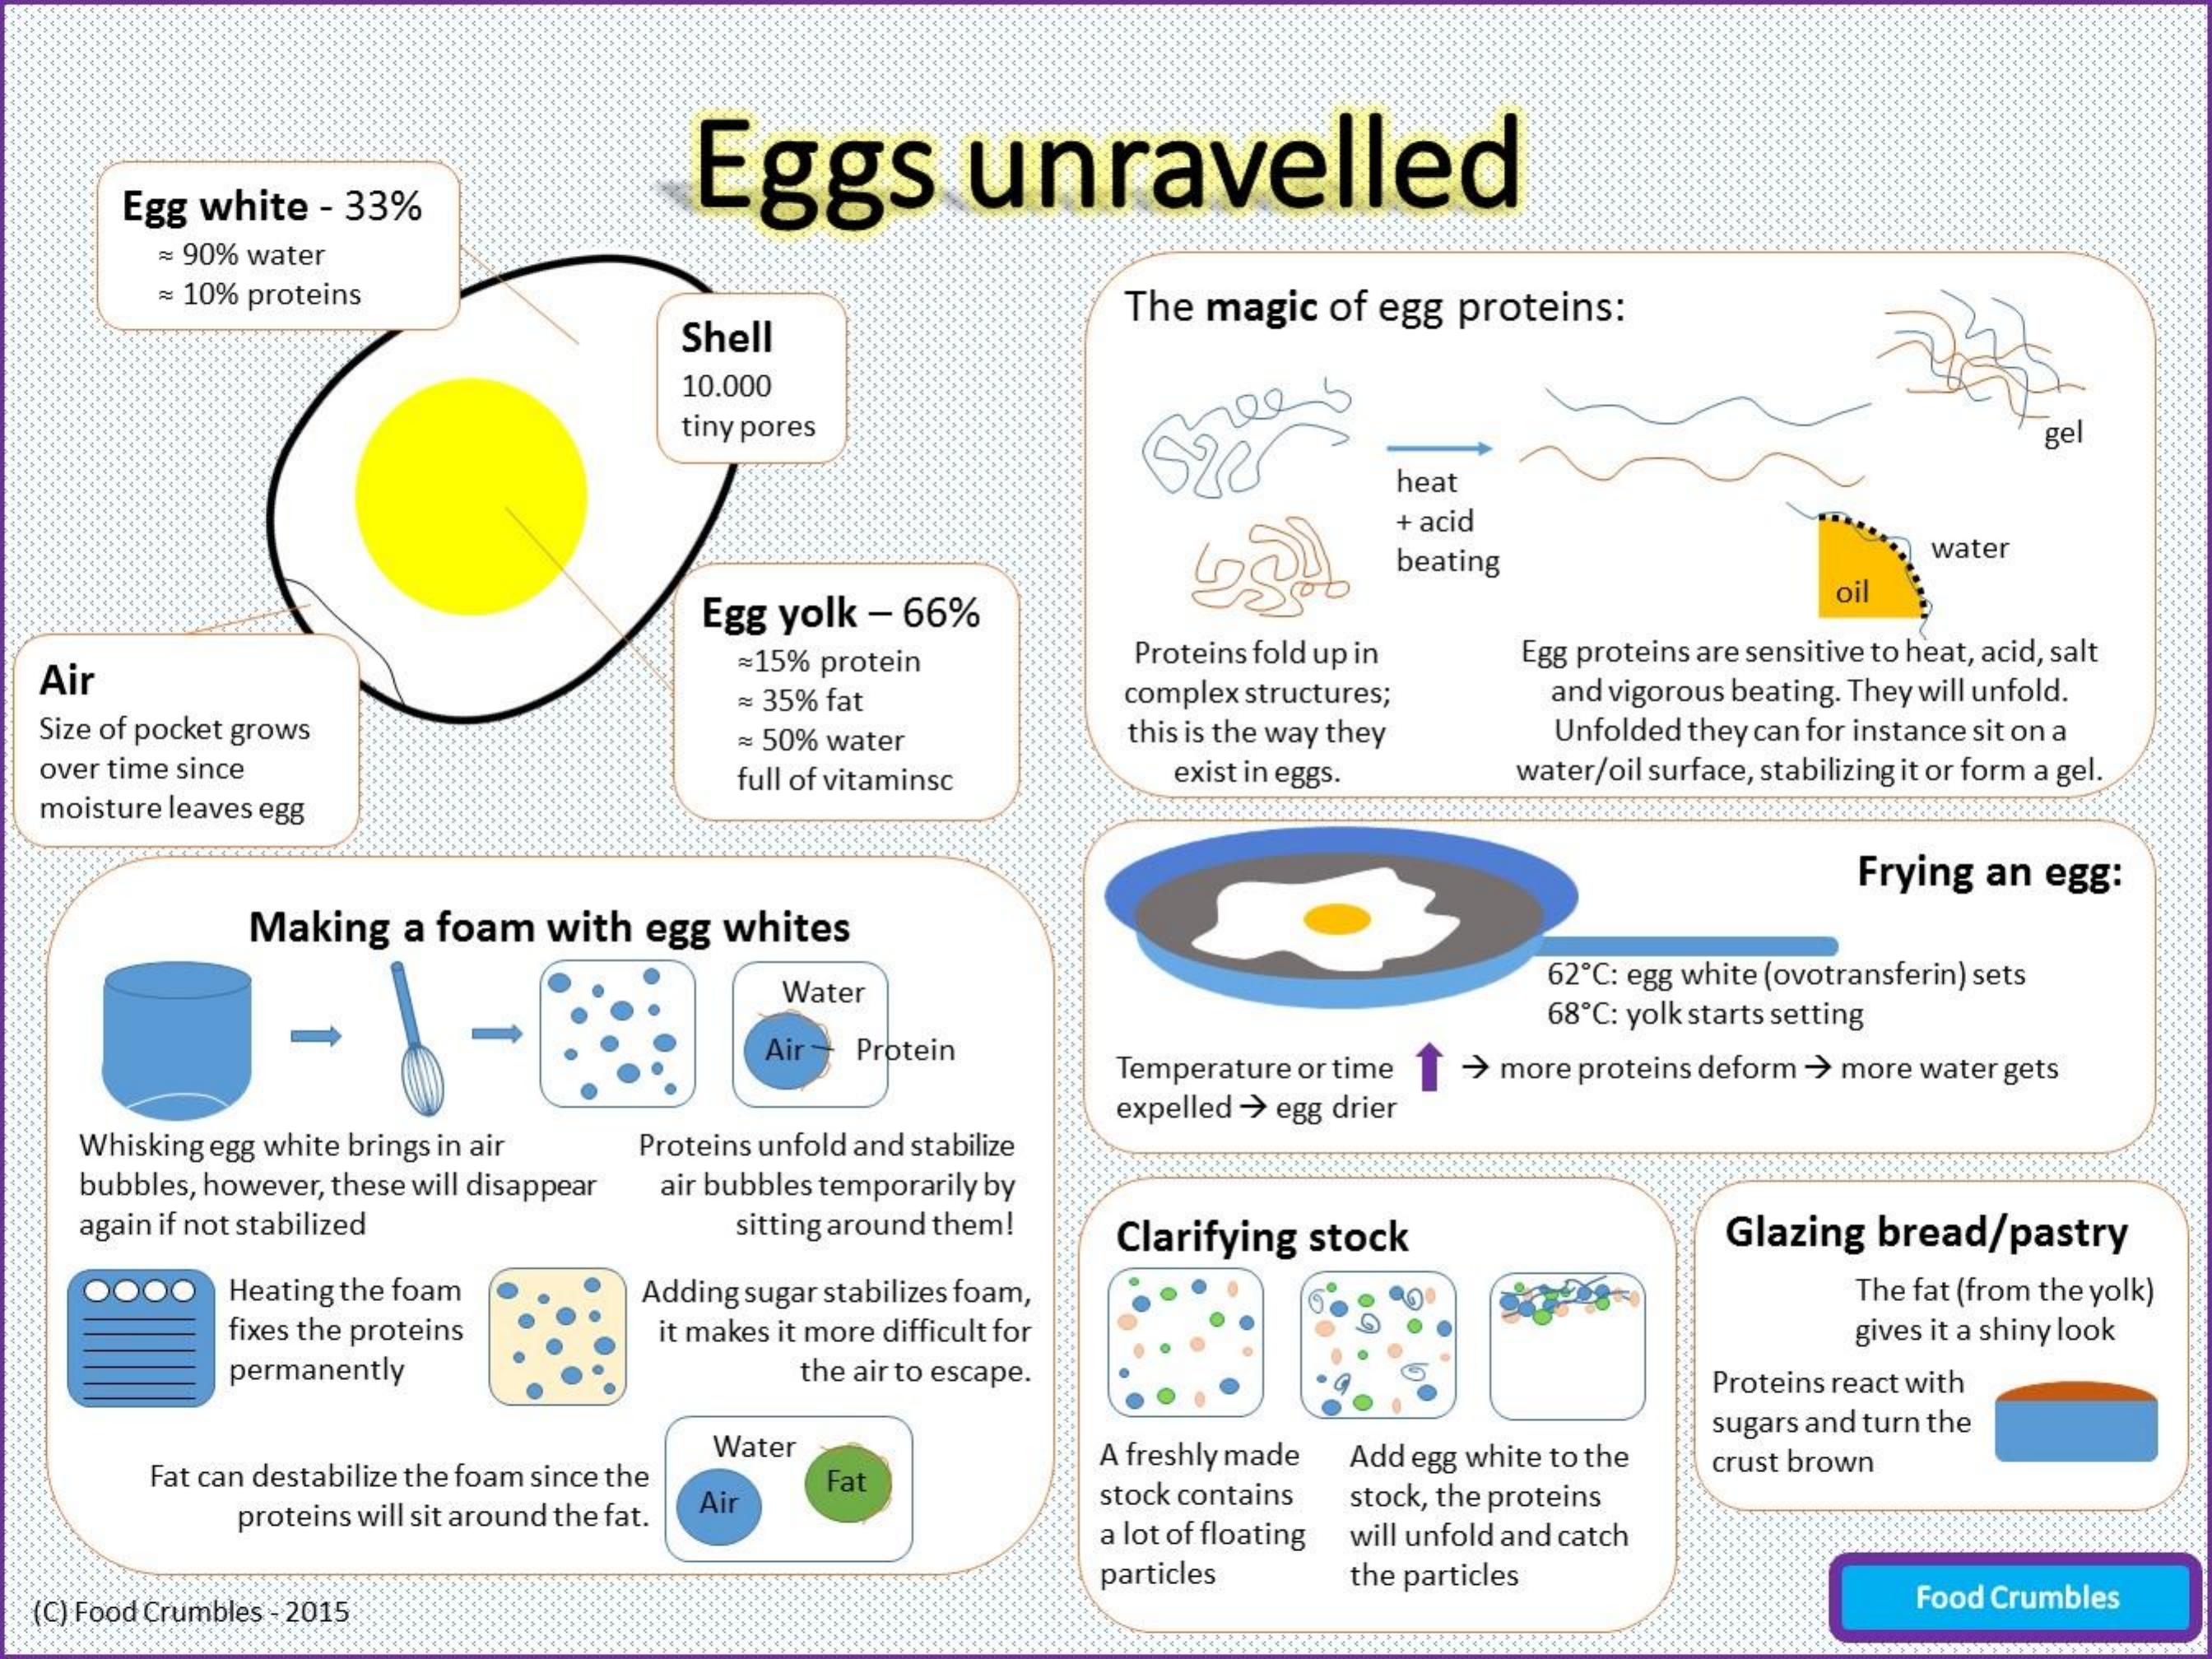
Eggs    unravelled
     Egg white - 33%
     = 90% water
     = 10% proteins
     Shell
     The magic of egg proteins:
     10.000
     tiny pores    gel
     heat
     + acid
     beating
     water
     Egg yolk - 66%
     oil
  Air
     =15% protein    Proteins fold up in Egg proteins are sensitive to heat, acid, salt
  Size of pocket grows
     = 35% fat    complex structures; and vigorous beating. They will unfold.
     = 50% water    this is the way they Unfolded they can for instance sit on a
  over time since    full of vitaminsc exist in eggs. water/oil surface, stabilizing it or form a gel.
  moisture leaves egg
     Frying an egg:
     Making a foam with egg whites
     Water
     62 ℃ : egg white (ovotransferin) sets
     68 ℃ : yolk starts setting
     Air- Protein
     Temperature or time > more proteins deform > more water gets
     expelled -> egg drier
    Whisking egg white brings in air Proteins unfold and stabilize
    bubbles, however, these will disappear air bubbles temporarily by
    again if not stabilized  sitting around them! Clarifying stock  Glazing bread/pastry
     Heating the foam Adding sugar stabilizes foam,    The fat (from the yolk)
     fixes the proteins it makes it more difficult for    gives it a shiny look
     permanently    the air to escape.    Proteins react with
     Water
     sugars and turn the
     Fat can destabilize the foam since the
     Air
     Fat
     A freshly made Add egg white to the crust brown
     proteins will sit around the fat.
     stock contains stock, the proteins
     a lot of floating will unfold and catch
     particles the particles
  (C) Food Crumbles - 2015    Food Crumbles